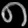
Digit: ၈